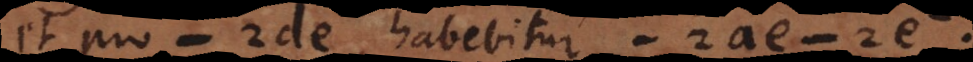
et pro − 2de, habebitur − 2ae − 2e.